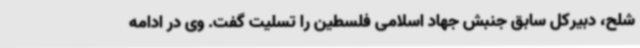
شلح، دبیرکل سابق جنبش جهاد اسلامی فلسطین را تسلیت گفت. وی در ادامه